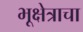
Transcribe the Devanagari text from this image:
भूक्षेत्राचा